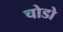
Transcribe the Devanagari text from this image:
चोडो